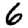
Digit: 6